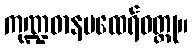
ကုဏ္ဍဓာနမထေရ်ဝတ္ထု။